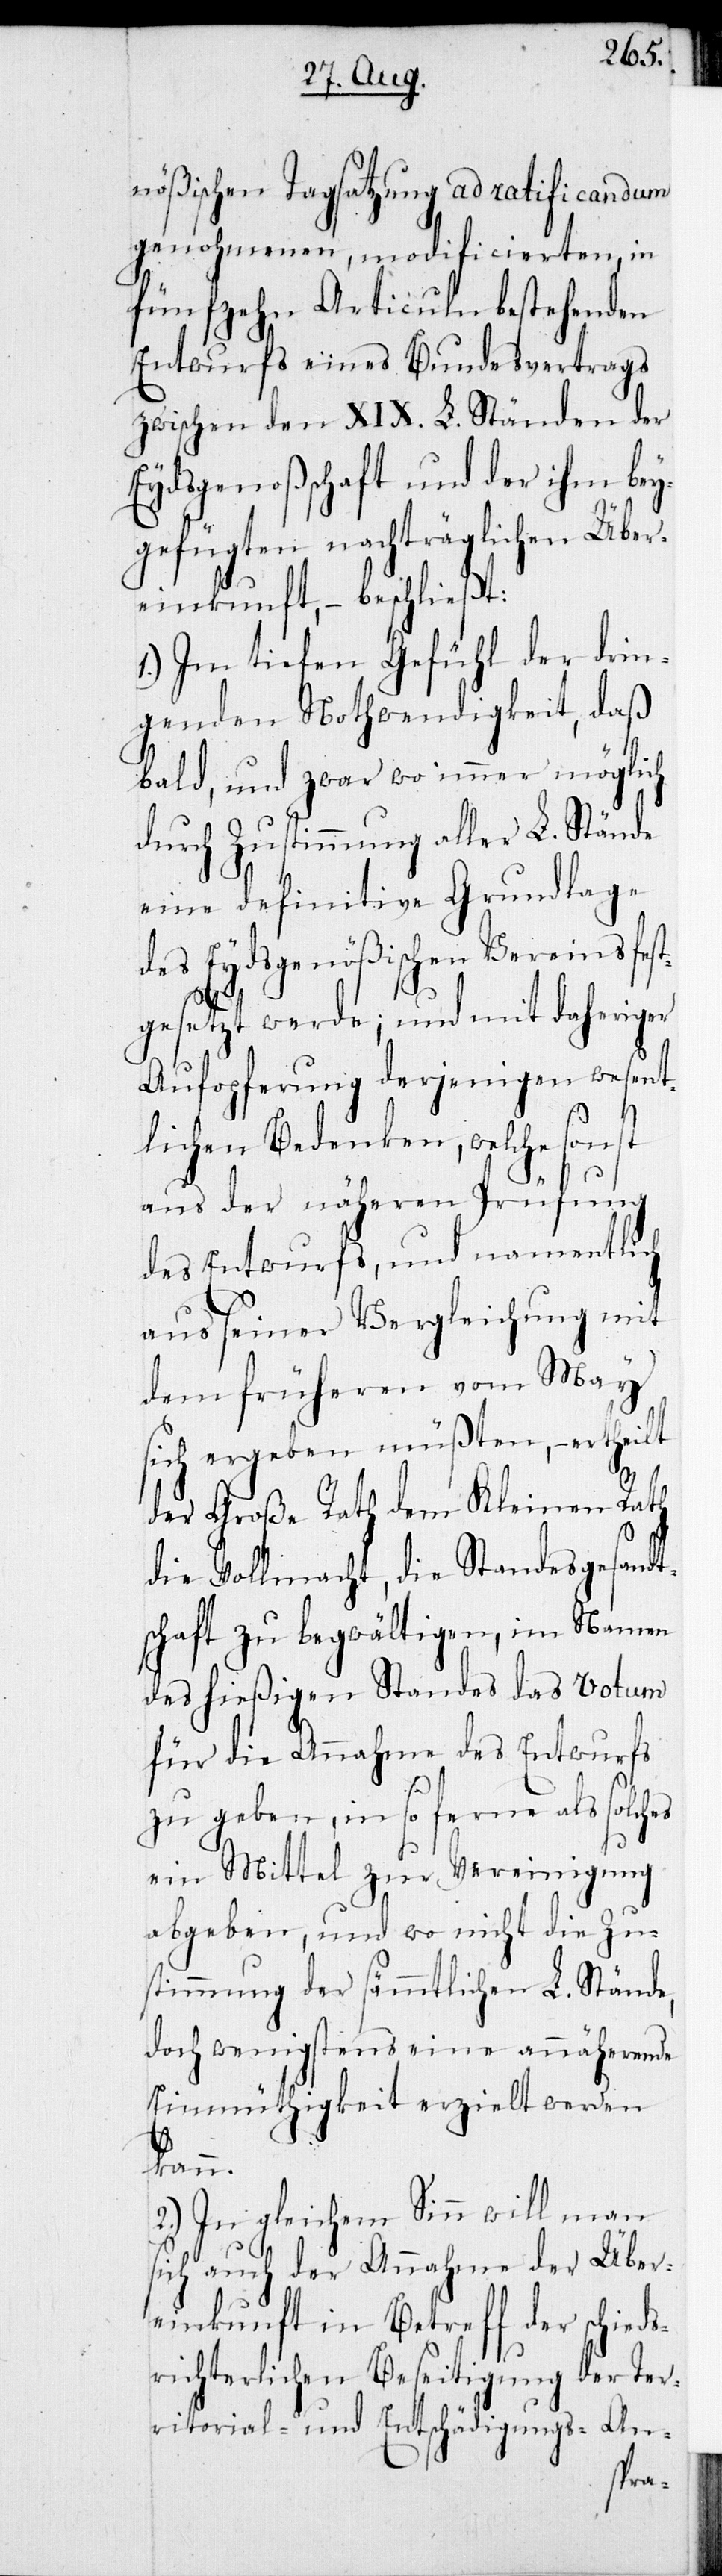
nößischen Tagsatzung ad ratificandum
genohmenen, modificierten, in
fünfzehn Articuln bestehenden
Entwurfs eines Bundesvertrags
zwischen den XIX. L. Ständen der
Eydsgenoßschaft und der ihm bey¬
gefügten nachträglichen Über¬
einkunft, – beschließt:
1.) Im tiefen Gefühl der drin¬
genden Nothwendigkeit, daß
bald, und zwar wo immer möglich
durch Zustimmung aller L. Stände
eine definitive Grundlage
des Eydsgenößischen Vereins fest¬
gesetzt werde; und mit daheriger
Aufopferung derjenigen wesent¬
lichen Bedenken, welche sonst
aus der näheren Prüfung
des Entwurfs, und namentlich
aus seiner Vergleichung mit
dem früheren vom May
sich ergeben müßten, – ertheilt
der Große Rath dem Kleinen Rath
die Vollmacht, die Standesgesandt¬
schaft zu begwältigen, im Namen
des hießigen Standes das Votum
für die Annahme des Entwurfs
zu geben, in so ferne als solches
ein Mittel zur Vereinigung
abgeben, und wo nicht die Zu¬
stimmung der sämmtlichen L. Stände,
doch wenigstens eine annäherende
Einmüthigkeit erzielt werden
kann.
2.) In gleichem Sinn will man
sich auch der Annahme der Über¬
einkunft in Betreff der schieds¬
richterlichen Beseitigung der Ter¬
ritorial- und Entschädigungs-An-